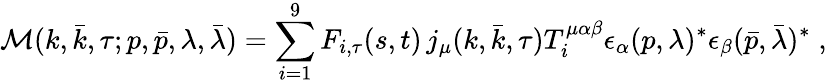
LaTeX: {\cal M}(k,\bar{k},\tau;p,\bar{p},\lambda,\bar{\lambda})=\sum_{i=1}^{9}F_{i,\tau}(s,t)\, j_{\mu}(k,\bar{k},\tau)T_{i}^{\mu\alpha\beta}\epsilon_{\alpha}(p,\lambda)^{\ast}\epsilon_{\beta}(\bar{p},\bar{\lambda})^{\ast}\; ,